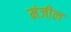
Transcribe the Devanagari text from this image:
मंजील